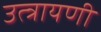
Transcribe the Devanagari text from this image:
उत्त्रायणी